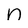
Character: n